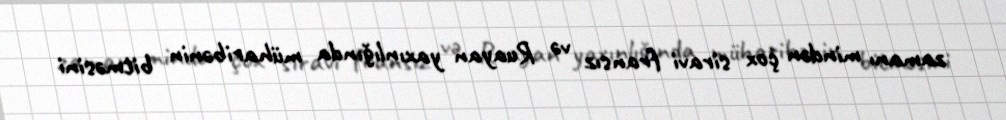
zamanı mindən çox siravi fransız və Ruayan yaxınlığında müharibənin bitməsini